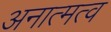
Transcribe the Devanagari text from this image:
अनात्मत्व